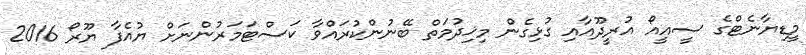
މީޑިޔާނެޓްގެ ސީއީއޯ އުރީދޫއާއި ގުޅިގެން މިޚިދުމަތް ބޭނުންކުރައްވާ ކަސްޓަމަރުންނަށް ޔުއެފާ ޔޫރޯ 2016